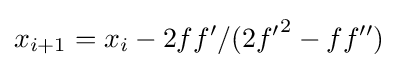
x_{i+1}=x_{i}-2ff^{\prime }/(2{f^{\prime }}^{2}-ff^{\prime \prime })